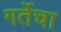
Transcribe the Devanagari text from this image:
गर्तेचा